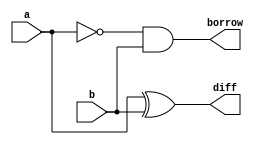
module half_subtractor(
    input a, 
    input b,
    output diff, 
    output borrow
);
    assign diff = a ^ b;
    assign borrow = ~a & b;
endmodule